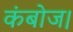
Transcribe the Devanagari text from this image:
कंबोज।